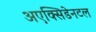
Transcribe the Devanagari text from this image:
अएक्सिडेनटल